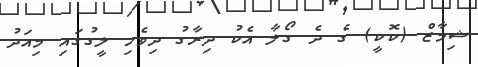
ޝިމާޒް (ކޮކީ) ގެ ދެ ގޯލާ އެކު ދިރާގު ދިވެހި ލީގުގައި މިއަދު